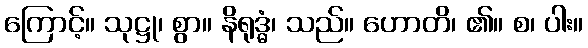
ကြောင့်။ သုဋ္ဌု၊ စွာ။ နိရုဒ္ဓံ၊ သည်။ ဟောတိ၊ ၏။ စ၊ ပါး။